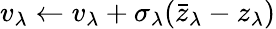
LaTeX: v_{\lambda}\leftarrow v_{\lambda}+\sigma_{\lambda}(\bar{z}_{\lambda}-z_{\lambda})